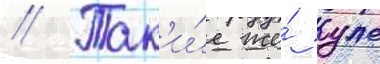
// Так'и́е же́ уже